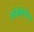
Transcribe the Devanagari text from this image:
ओबीसीचा